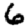
Digit: 6